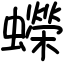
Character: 蠑